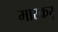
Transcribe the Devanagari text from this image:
मारकर्